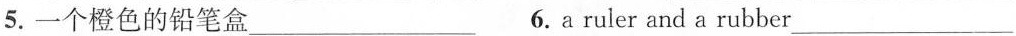
5.一个橙色的铅笔盒___6.a ruler and a rubber ___